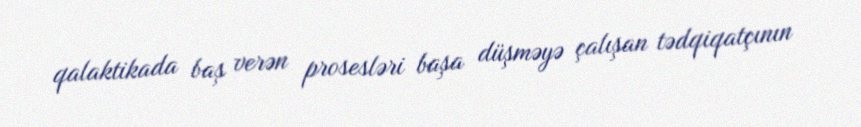
qalaktikada baş verən prosesləri başa düşməyə çalışan tədqiqatçının